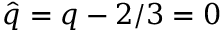
\hat { q } = q - 2 / 3 = 0